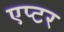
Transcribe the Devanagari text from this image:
एप्टर